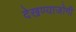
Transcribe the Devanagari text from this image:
देखण्याजोगी